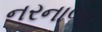
નરનાળા